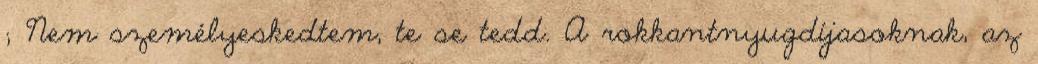
; Nem személyeskedtem, te se tedd. A rokkantnyugdíjasoknak, az